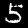
Digit: 5